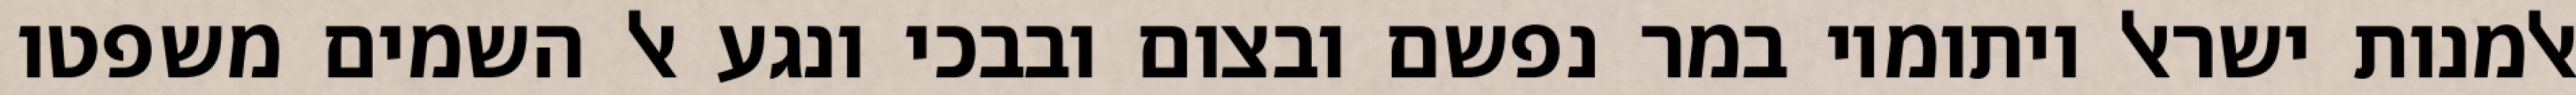
אלמנות ישראל ויתומיו במר נפשם ובצום ובבכי ונגע אל השמים משפטו